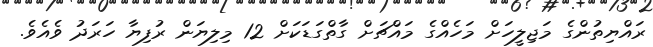
ރައްޔިތުންގެ މަޖިލީހަށް މަހެއްގެ މައްޗަށް ގާތްގަޑަކަށް 12 މިލިޔަން ރުފިޔާ ހަރަދު ވެއެވެ.